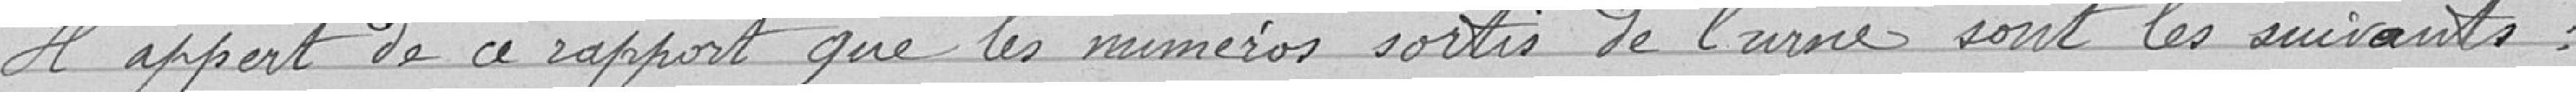
Il appert de ce rapport que les numéros sortis de l'urne sont les suivants :